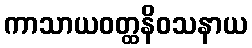
ကာသာယဝတ္ထနိဝသနာယ